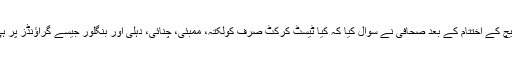
تیسرے ٹیسٹ میچ کے اختتام کے بعد صحافی نے سوال کیا کہ کیا ٹیسٹ کرکٹ صرف کولکتہ، ممبئی، چنائی، دہلی اور بنگلور جیسے گراؤنڈز پر ہی ہونی چاہیئے؟